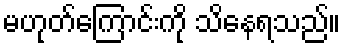
မဟုတ်ကြောင်းကို သိနေရသည်။